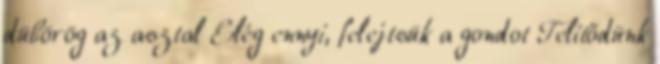
dübörög az asztal Elég ennyi, felejtsük a gondot Telítődünk